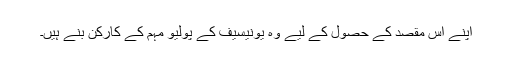
اپنے اس مقصد کے حصول کے لیے وہ یونیسیف کے پولیو مہم کے کارکن بنے ہیں۔